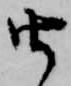
由